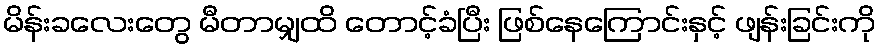
မိန်းခလေးတွေ မီတာမျှထိ တောင့်ခံပြီး ဖြစ်နေကြောင်းနှင့် ဖျန်းခြင်းကို